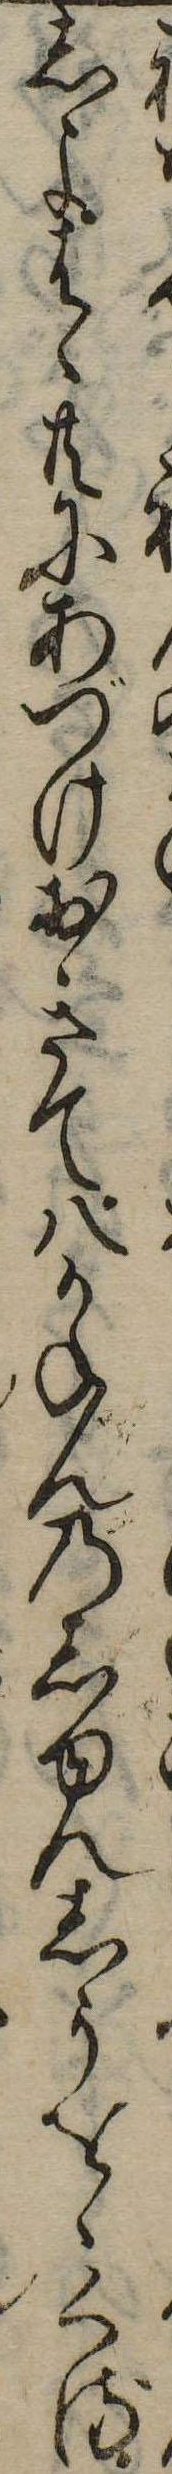
しよはゝ共にあづけおきて八かねんのしゆんしうをゝくる